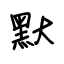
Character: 默